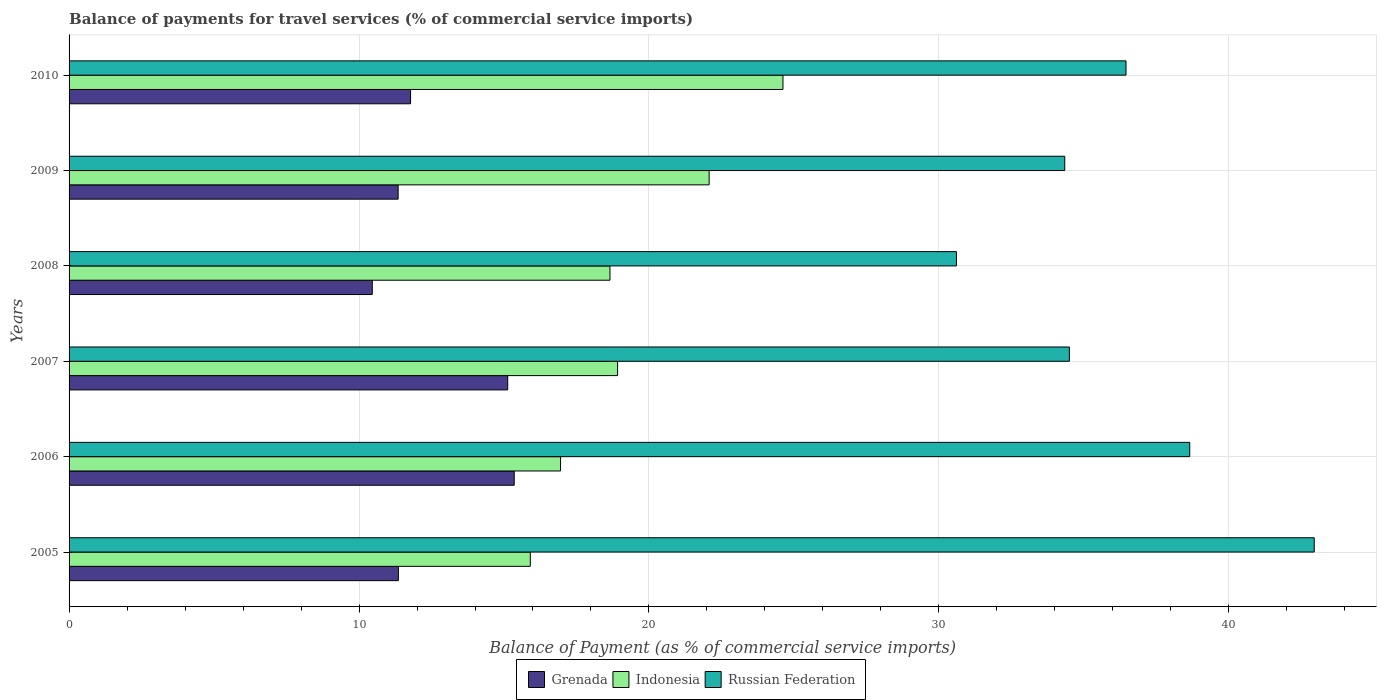
| Years | Grenada | Indonesia | Russian Federation |
 | --- | --- | --- | --- |
 | 2005 | 11.4 | 15.9 | 42.9 |
 | 2006 | 15.4 | 17 | 38.7 |
 | 2007 | 15.1 | 18.9 | 34.5 |
 | 2008 | 10.5 | 18.7 | 30.6 |
 | 2009 | 11.3 | 22.1 | 34.3 |
 | 2010 | 11.8 | 24.6 | 36.5 |